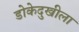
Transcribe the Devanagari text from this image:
डोकेदुखीला